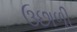
ઉછાળી